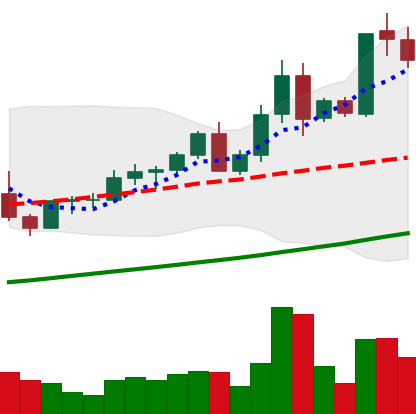
Ticker: LTC-USD
Chart end date: 2021-04-12
Forward return: 24.649%
Label: up_7plus